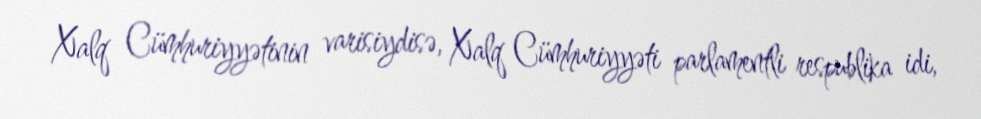
Xalq Cümhuriyyətinin varisiydisə, Xalq Cümhuriyyəti parlamentli respublika idi,